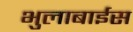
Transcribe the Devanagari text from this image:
भुलाबाईस